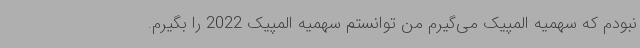
نبودم که سهمیه المپیک می‌گیرم من توانستم سهمیه المپیک 2022 را بگیرم.